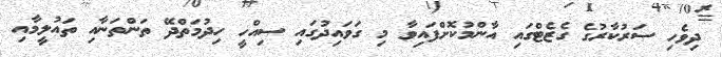
ދިވެހި ސަރުކާރުގެ ގެޒެޓްގައި އާންމުކޮށްފައިވާ މި ގަވައިދުގައި ސިއްހީ ހިދުމަތްދޭ ތަންތަނާއި ތައުލީމާއި